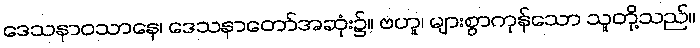
ဒေသနာဝသာနေ၊ ဒေသနာတော်အဆုံး၌။ ဗဟူ၊ များစွာကုန်သော သူတို့သည်။